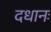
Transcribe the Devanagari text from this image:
दधानः